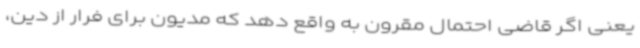
یعنی اگر قاضی احتمال مقرون به واقع دهد که مدیون برای فرار از دین،